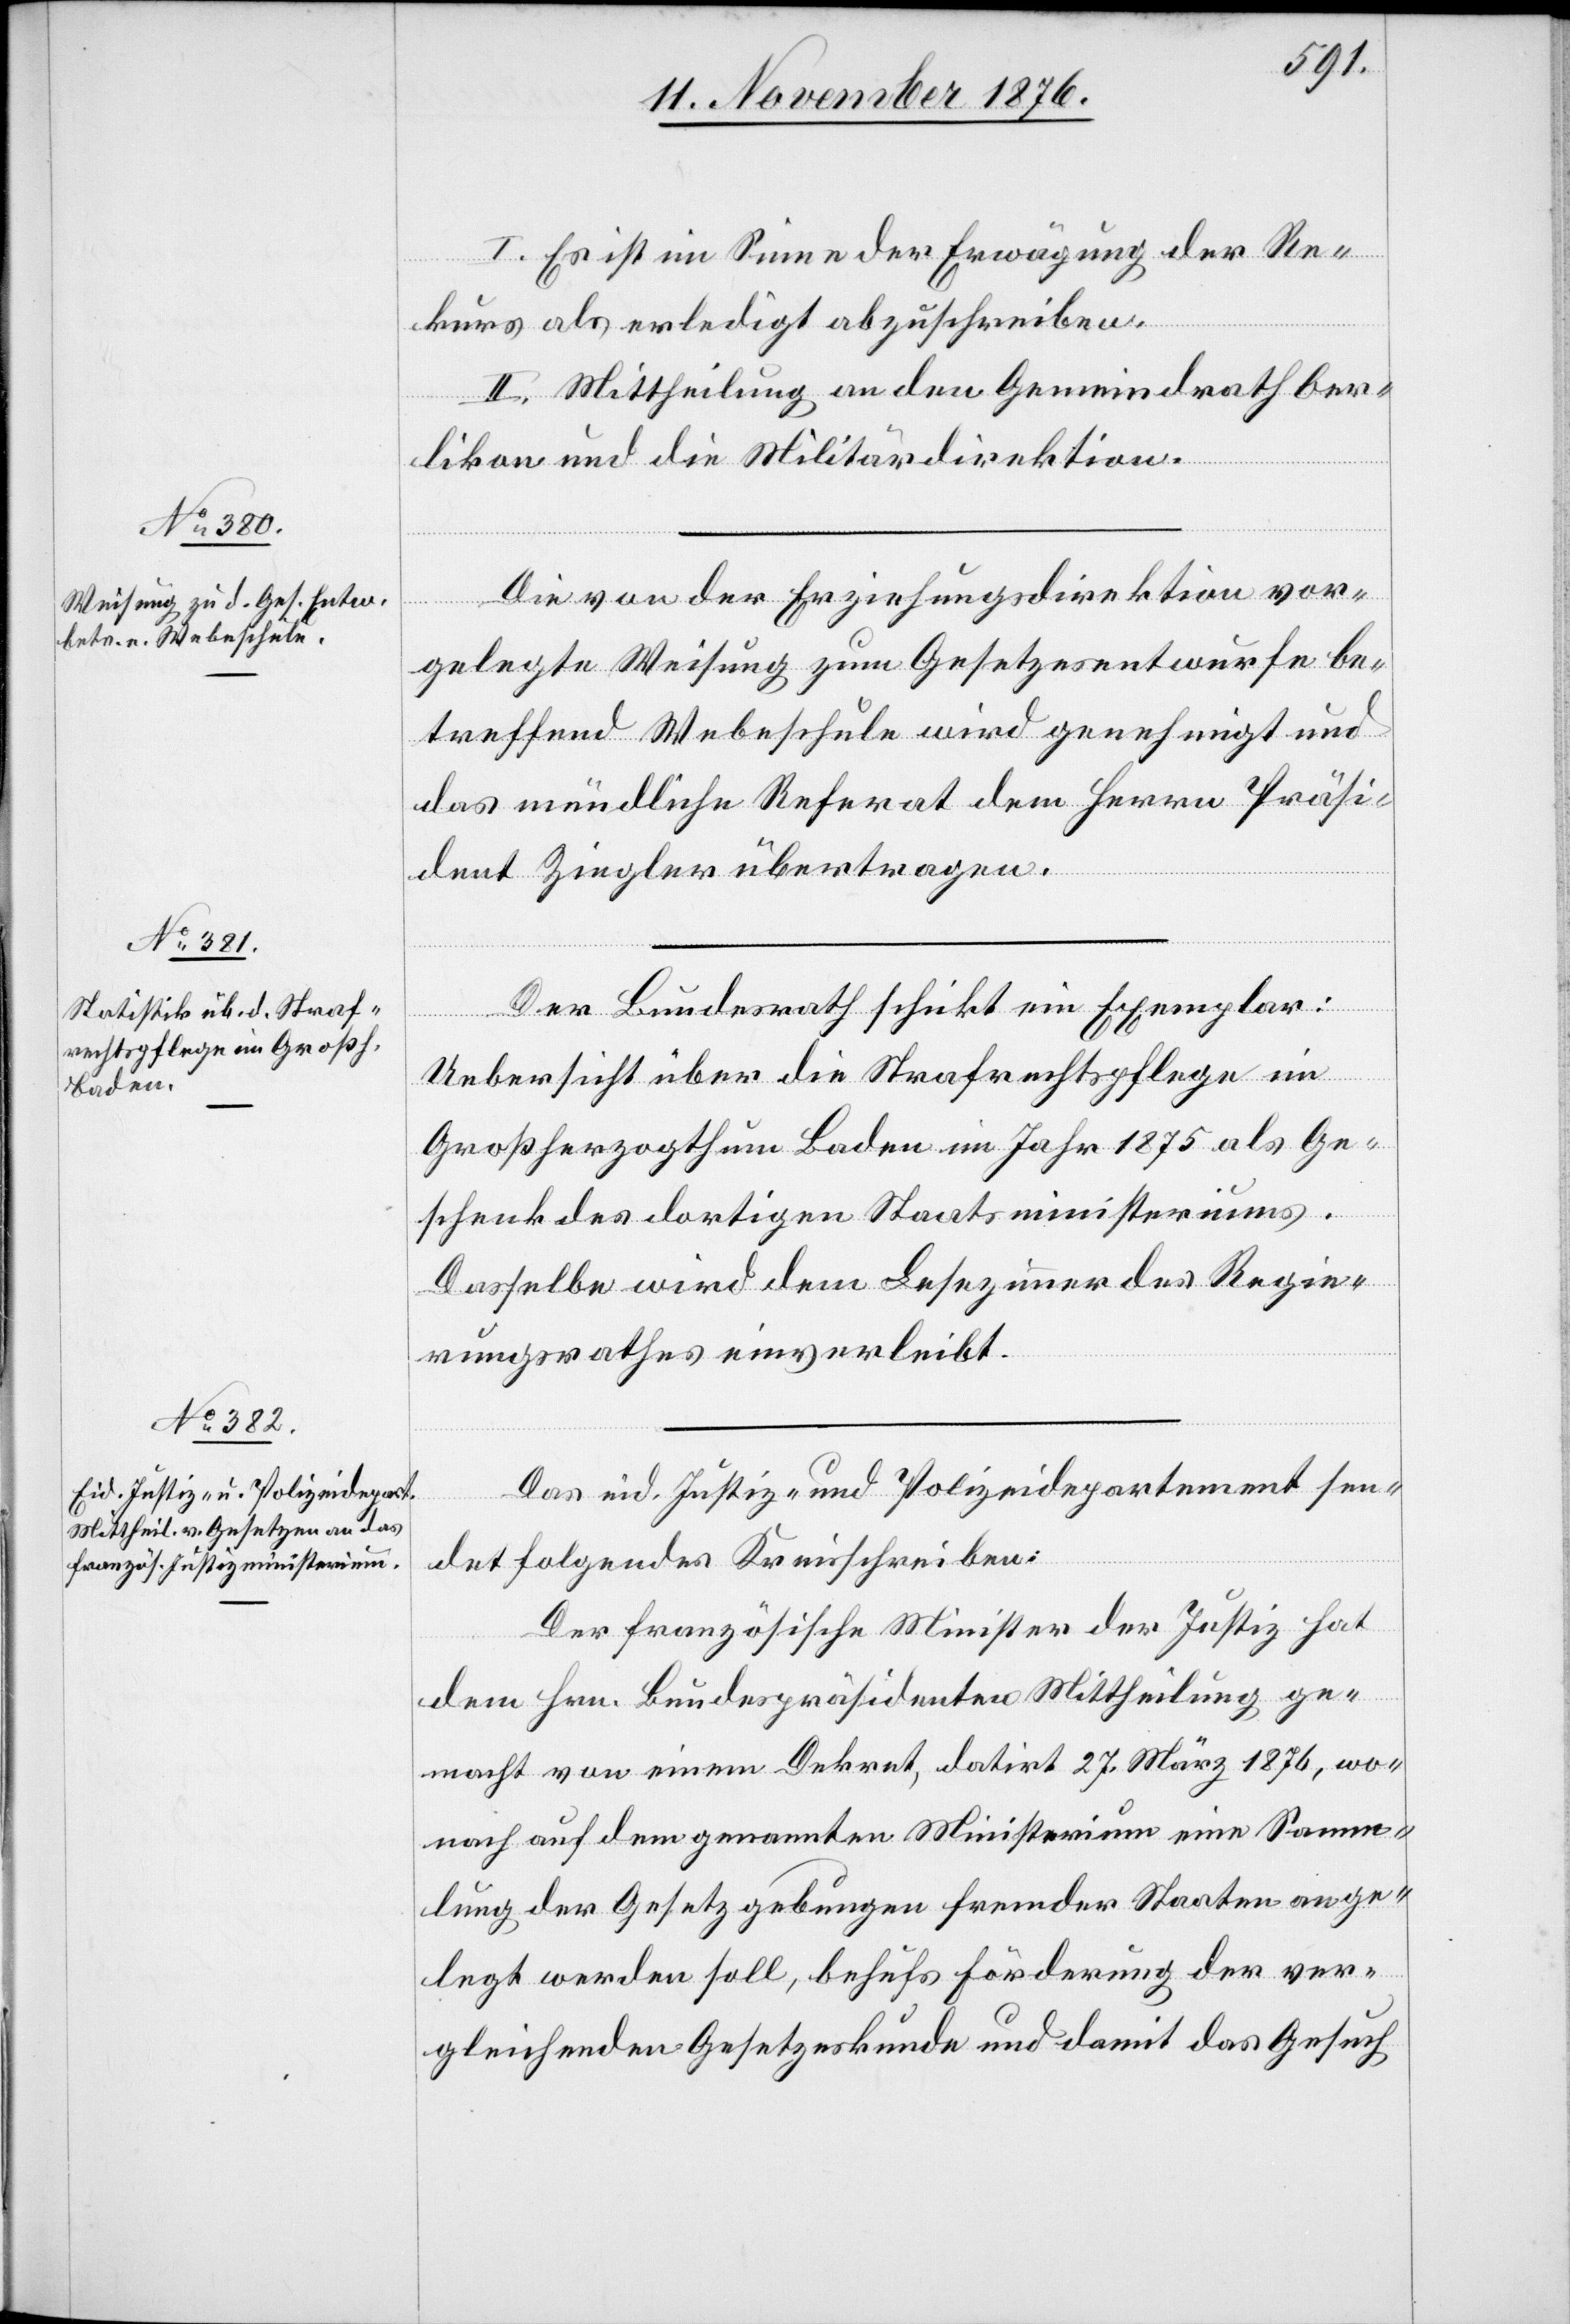
I. Es ist im Sinne der Erwägung der Re¬
kurs als erledigt abzuschreiben.
II. Mittheilung an den Gemeindrath Oer¬
likon und die Militärdirektion.
Die von der Erziehungsdirektion vor¬
gelegte Weisung zum Gesetzesentwurfe be¬
treffend Webeschule wird genehmigt und
das mündliche Referat dem Herrn Präsi¬
dent Ziegler übertragen.
Der Bundesrath schickt ein Exemplar:
Uebersicht über die Strafrechtspflege im
Großherzogthum Baden im Jahr 1875 als Ge¬
schenk des dortigen Staatsministeriums.
Dasselbe wird dem Lesezimmer des Regie¬
rungsrathes einverleibt.
Das eid. Justiz- und Polizeidepartement sen¬
det folgendes Kreisschreiben:
Der französische Minister der Justiz hat
dem Hrn. Bundespräsidenten Mittheilung ge¬
macht von einem Dekret, datirt 27. März 1876, wo¬
nach auf dem genannten Ministerium eine Samm¬
lung der Gesetzgebungen fremder Staaten ange¬
legt werden soll, behufs Förderung der ver¬
gleichenden Gesetzeskunde und damit das Gesuch